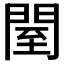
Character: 𨴗